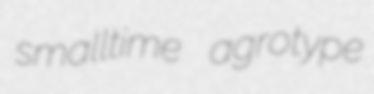
smalltime agrotype